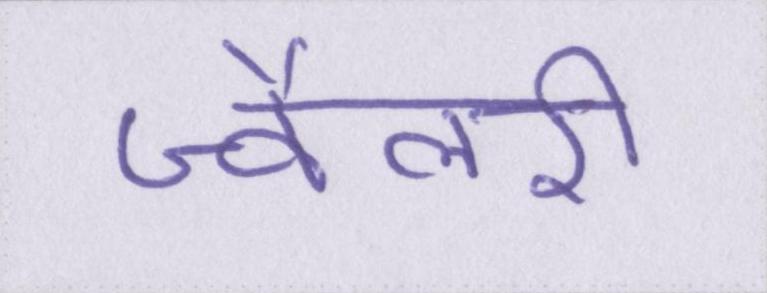
ज्वैलरी